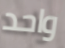
واحد